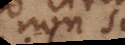
non per